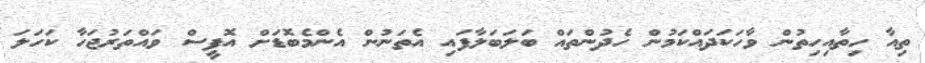
ތިއާ ހިތާއިހިތުން ވާހަކަދައްކަމުން ހެދުންތައް ބަލަބަލާފައި އެތަނުން އެންމެބޮޑަށް އޮފީސް ވައްތަރުޖަހާ ކަހަލަ